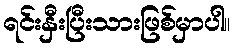
ရင်းနှီးပြီးသားဖြစ်မှာပါ။